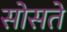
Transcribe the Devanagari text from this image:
सोसते